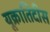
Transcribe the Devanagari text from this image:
यूक्रातिदीस